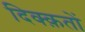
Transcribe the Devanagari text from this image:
दिक्क़तों